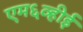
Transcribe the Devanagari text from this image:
एम६व्हीई